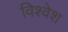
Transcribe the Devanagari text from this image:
विश्‍वेश